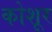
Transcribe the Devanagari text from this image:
कोशूर